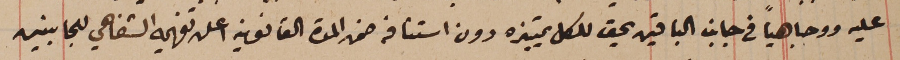
عليه ووجاهياً فى جانب الباقين يحق للكل تمييزه دون استنافه ضمن المدة القانونية اعلن تفهيمه الشفاهي للجانبين